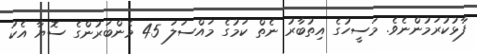
ފާޅުކުރަމުންނެވެ. މަސީހުގެ އިތުބާރު ނެތް ކަމުގެ މައްސަލަ 45 މެންބަރުންގެ ސޮޔާ އެކު